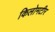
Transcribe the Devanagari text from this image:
किलोमटीर